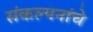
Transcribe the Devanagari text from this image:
संंकल्पनांंचे